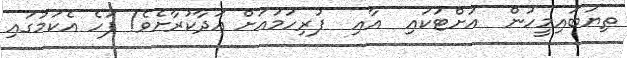
ތިޔަބައިމީހުން  އަށްޓަކައި  އާއި  ފުރިހަމައަށް އަދާކުރާށެވެ! ފަހެ އެކަމުގައި